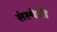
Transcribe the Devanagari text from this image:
संस्‍थेची